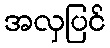
အလှပြင်